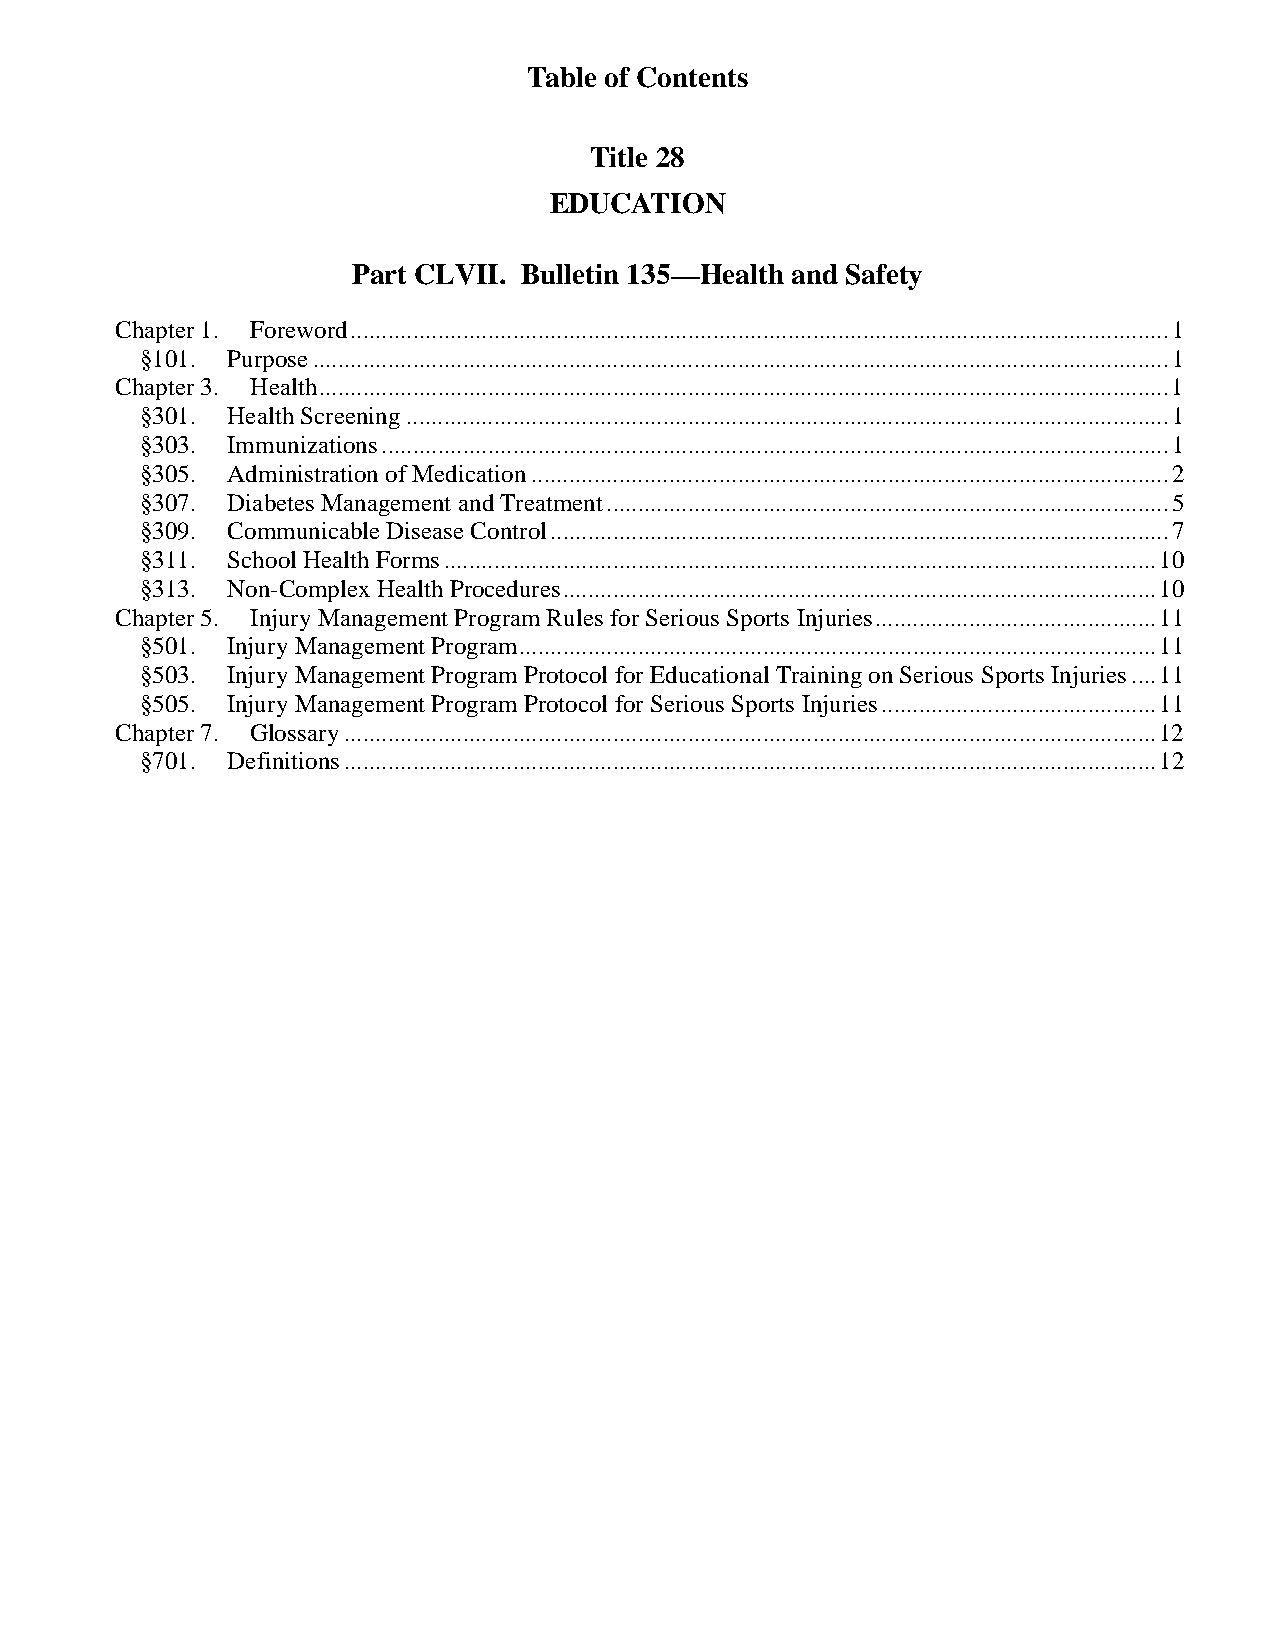
Table of Contents
 Title 28
 EDUCATION
 Part CLVII. Bulletin 135—Health and Safety
 Chapter 1. Foreword ................................................................................................................................... 1
 §101. Purpose ......................................................................................................................................... 1
 Chapter 3. Health ........................................................................................................................................ 1
 §301. Health Screening .......................................................................................................................... 1
 §303. Immunizations .............................................................................................................................. 1
 §305. Administration of Medication ...................................................................................................... 2
 §307. Diabetes Management and Treatment .......................................................................................... 5
 §309. Communicable Disease Control ................................................................................................... 7
 §311. School Health Forms .................................................................................................................. 10
 §313. Non-Complex Health Procedures ............................................................................................... 10
 Chapter 5. Injury Management Program Rules for Serious Sports Injuries ............................................. 11
 §501. Injury Management Program ...................................................................................................... 11
 §503. Injury Management Program Protocol for Educational Training on Serious Sports Injuries .... 11
 §505. Injury Management Program Protocol for Serious Sports Injuries ............................................ 11
 Chapter 7. Glossary .................................................................................................................................. 12
 §701. Definitions .................................................................................................................................. 12